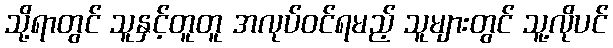
သို့ရာတွင် သူနှင့်တူတူ အလုပ်ဝင်ရမည့် သူများတွင် သူ့လိုပင်